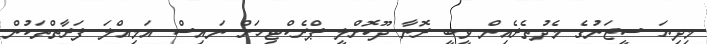
މިދިޔަ ސީޒަނުގެ މެދުތެރެއިން ވީބީ ރޮނާ ދޫކޮށްލީ ޕްރެކްޓިހަށް ނައިސް އަމިއްލަ ފަރާތްތަކުން